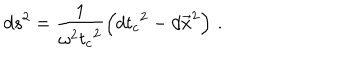
d s ^ { 2 } = \frac { 1 } { \omega ^ { 2 } { t _ { c } } ^ { 2 } } \left( { d t _ { c } } ^ { 2 } - d \vec { x } ^ { 2 } \right) \, .